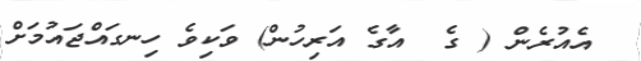
އެއުރެން ( ގެ  އާގެ އަރިހުން) ވަކިވެ ހިނގައްޖައުމަށް